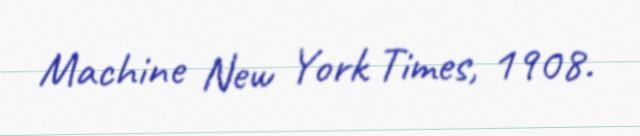
Machine New York Times, 1908.